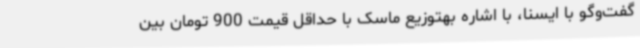
گفت‌وگو با ایسنا، با اشاره بهتوزیع ماسک با حداقل قیمت 900 تومان بین